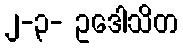
၂-၃- ဥဒေါသိတ